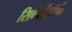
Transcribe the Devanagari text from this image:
सिबेर्सडॉर्फ